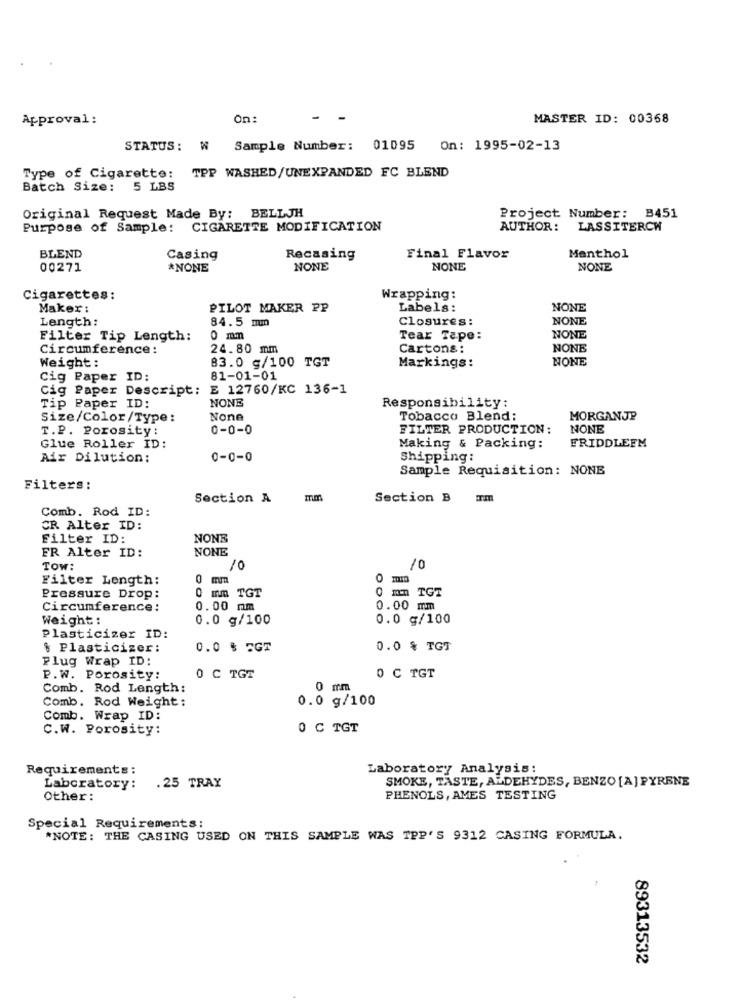
Approval:
On:
- -
MASTER ID: 00368
STATUS: W Sample Number: 01095 On: 1995-02-13
Type of Cigarette: TPP WASHED/UNEXPANDED FC BLEND
Batch Size: 5 LBS
Original Request Made By: BELLJH
Project Number: B451
Purpose of Sample: CIGARETTE MODIFICATION
AUTHOR:
LASSITERCH
BLEND
Casing
Recasing
Final Flavor
Menthol
00271
*NONE
NONE
NONE
NONE
Cigarettes:
Wrapping:
Maker:
PILOT MAKER PP
Labels:
NONE
Length:
84.5 mm
Closures:
NONE
Filter Tip Length:
0 mm
Tear Tape:
NONE
Circumference:
24.80 mm
Cartons:
NONE
Weight :
83.0 g/100 TGT
Markings:
NONE
Cig Paper ID:
81-01-01
Cig Paper Descript:
E 12760/KC 136-1
NONE
Responsibility:
Tip Paper ID:
Size/Color/Type:
Tobacco Blend:
MORGANJP
T.P. Porosity:
0-0-0
FILTER PRODUCTION:
NONE
Glue Roller ID:
Making & Packing:
FRIDDLEEM
Air Dilution:
0-0-0
Shipping:
Sample Requisition: NONE
Filters:
Section A
Section B
Comb. Rod ID:
CR Alter ID:
Filter ID:
NONE
FR Alter ID:
NONE
Tow:
10
10
Filter Length:
0 mm
0
0 mm TGT
Pressure Drop:
0 mm TGT
Circumference:
0.00 mm
0.00 mm
Weight :
0.0 g/100
0.0 g/100
Plasticizer ID:
$ Plasticizer:
0.0 % 5GT
0.0 % TGT
Plug Wrap ID:
P.W. Porosity:
0 C TGT
0 C TGT
Comb. Rod Length:
0 mm
Comb. Rod Weight:
0.0 g/100
Comb. Wrap ID:
C.W. Porosity:
0 C TGT
Requirements:
Laboratory Analysis:
SMOKE, TASTE, ALDEHYDES, BENZO [A] PYRENE
Laboratory:
.25 TRAY
Other:
PHENOLS, AMES TESTING
Special Requirements:
*NOTE: THE CASING USED ON THIS SAMPLE WAS TPP'S 9312 CASING FORMULA.
89313532